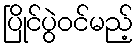
ပြိုင်ပွဲဝင်မည့်